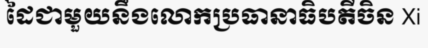
ដៃជាមួយនឹងលោកប្រធានាធិបតីចិន Xi